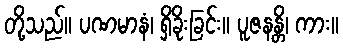
တို့သည်။ ပဏမာနံ၊ ရှိခိုးခြင်း။ ပူဇနန္တိ၊ ကား။